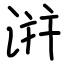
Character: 洴